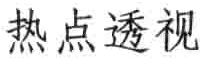
热点透视